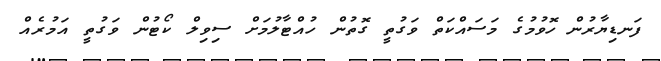
ފަނޑިޔާރުން ހޮވުމުގެ މަސައްކަތް ވަގުތީ ގޮތުން ހުއްޓާލުމަށް ސިވިލް ކޯޓުން ވަގުތީ އަމުރެއް